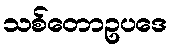
သစ်တောဥပဒေ